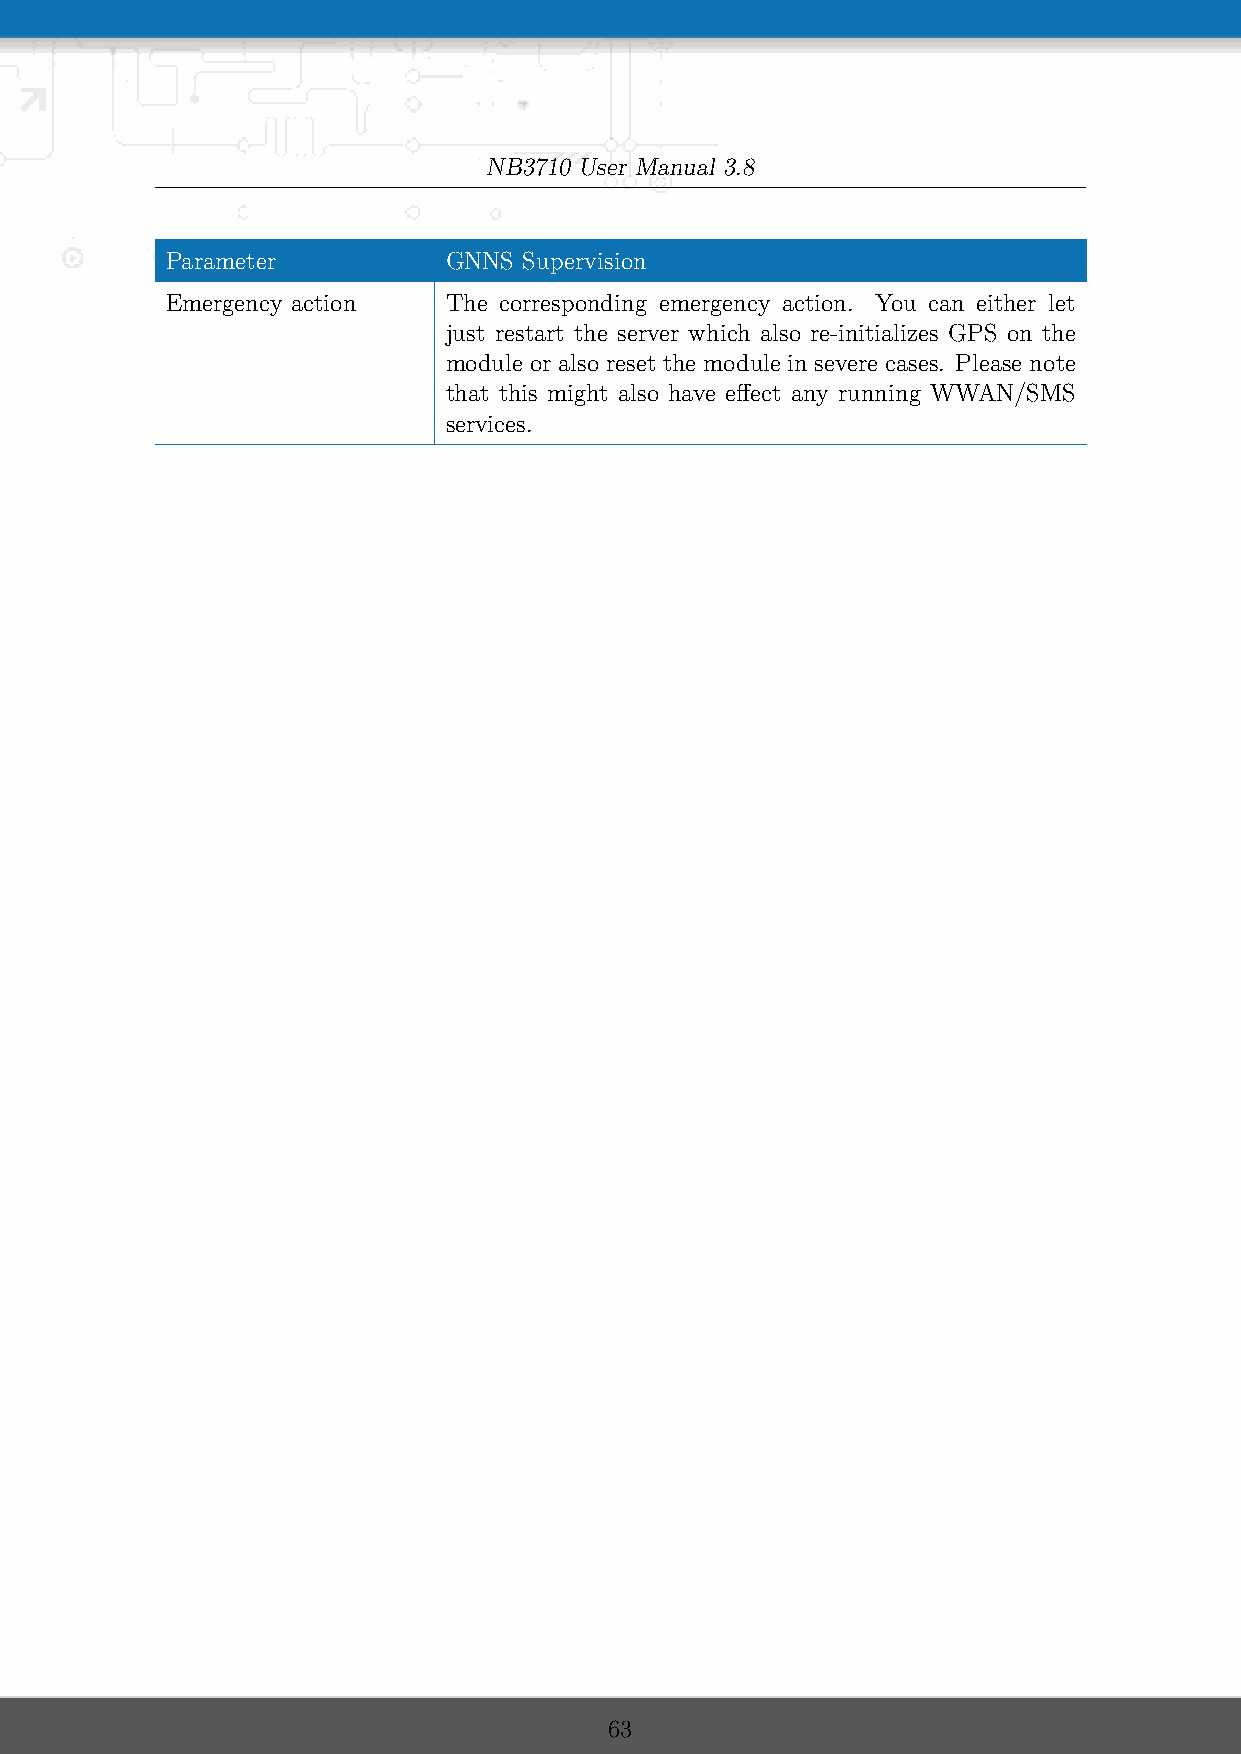
NB3710 User Manual 3.8
 Parameter         GNNS  Supervision
 Emergency action  The corresponding emergency action. You can either let
 just restart the server which also re-initializes GPS on the
 module or also reset the module in severe cases. Please note
 that this might also have effect any running WWAN/SMS
 services.
 63